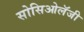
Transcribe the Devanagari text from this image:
सोसिओलॅजी